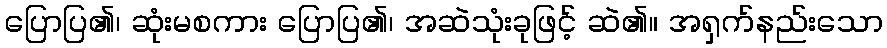
ပြောပြ၏၊ ဆုံးမစကား ပြောပြ၏၊ အဆဲသုံးခုဖြင့် ဆဲ၏။ အရှက်နည်းသော